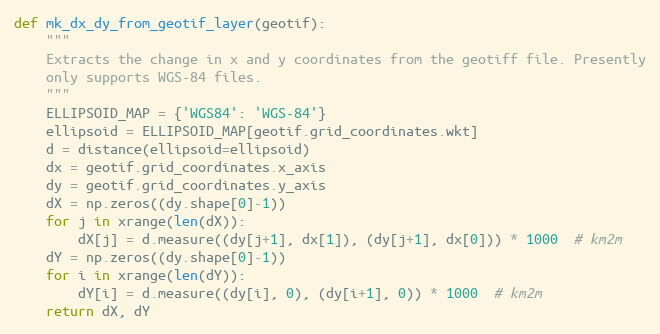
Language: Python
def mk_dx_dy_from_geotif_layer(geotif):
    """
    Extracts the change in x and y coordinates from the geotiff file. Presently
    only supports WGS-84 files.
    """
    ELLIPSOID_MAP = {'WGS84': 'WGS-84'}
    ellipsoid = ELLIPSOID_MAP[geotif.grid_coordinates.wkt]
    d = distance(ellipsoid=ellipsoid)
    dx = geotif.grid_coordinates.x_axis
    dy = geotif.grid_coordinates.y_axis
    dX = np.zeros((dy.shape[0]-1))
    for j in xrange(len(dX)):
        dX[j] = d.measure((dy[j+1], dx[1]), (dy[j+1], dx[0])) * 1000  # km2m
    dY = np.zeros((dy.shape[0]-1))
    for i in xrange(len(dY)):
        dY[i] = d.measure((dy[i], 0), (dy[i+1], 0)) * 1000  # km2m
    return dX, dY